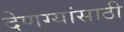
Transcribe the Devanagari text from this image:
देणग्यांसाठी